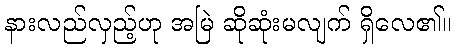
နားလည်လှည့်ဟု အမြဲ ဆိုဆုံးမလျက် ရှိလေ၏။